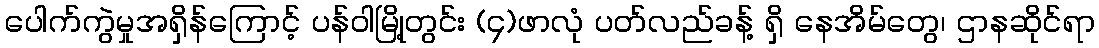
ပေါက်ကွဲမှုအရှိန်ကြောင့် ပန်ဝါမြို့တွင်း (၄)ဖာလုံ ပတ်လည်ခန့် ရှိ နေအိမ်တွေ၊ ဌာနဆိုင်ရာ